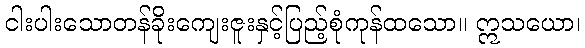
ငါးပါးသောတန်ခိုးကျေးဇူးနှင့်ပြည့်စုံကုန်ထသော။ ဣသယော၊